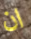
ان